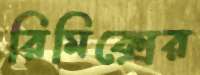
রিমিক্সের